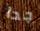
جدا